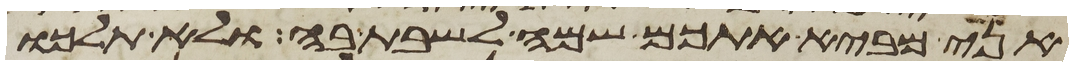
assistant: אני מביא אתכם שמה לשבת בה ולא תלכו